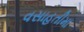
વસાહતીમા